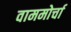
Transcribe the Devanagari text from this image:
वाममोर्चा